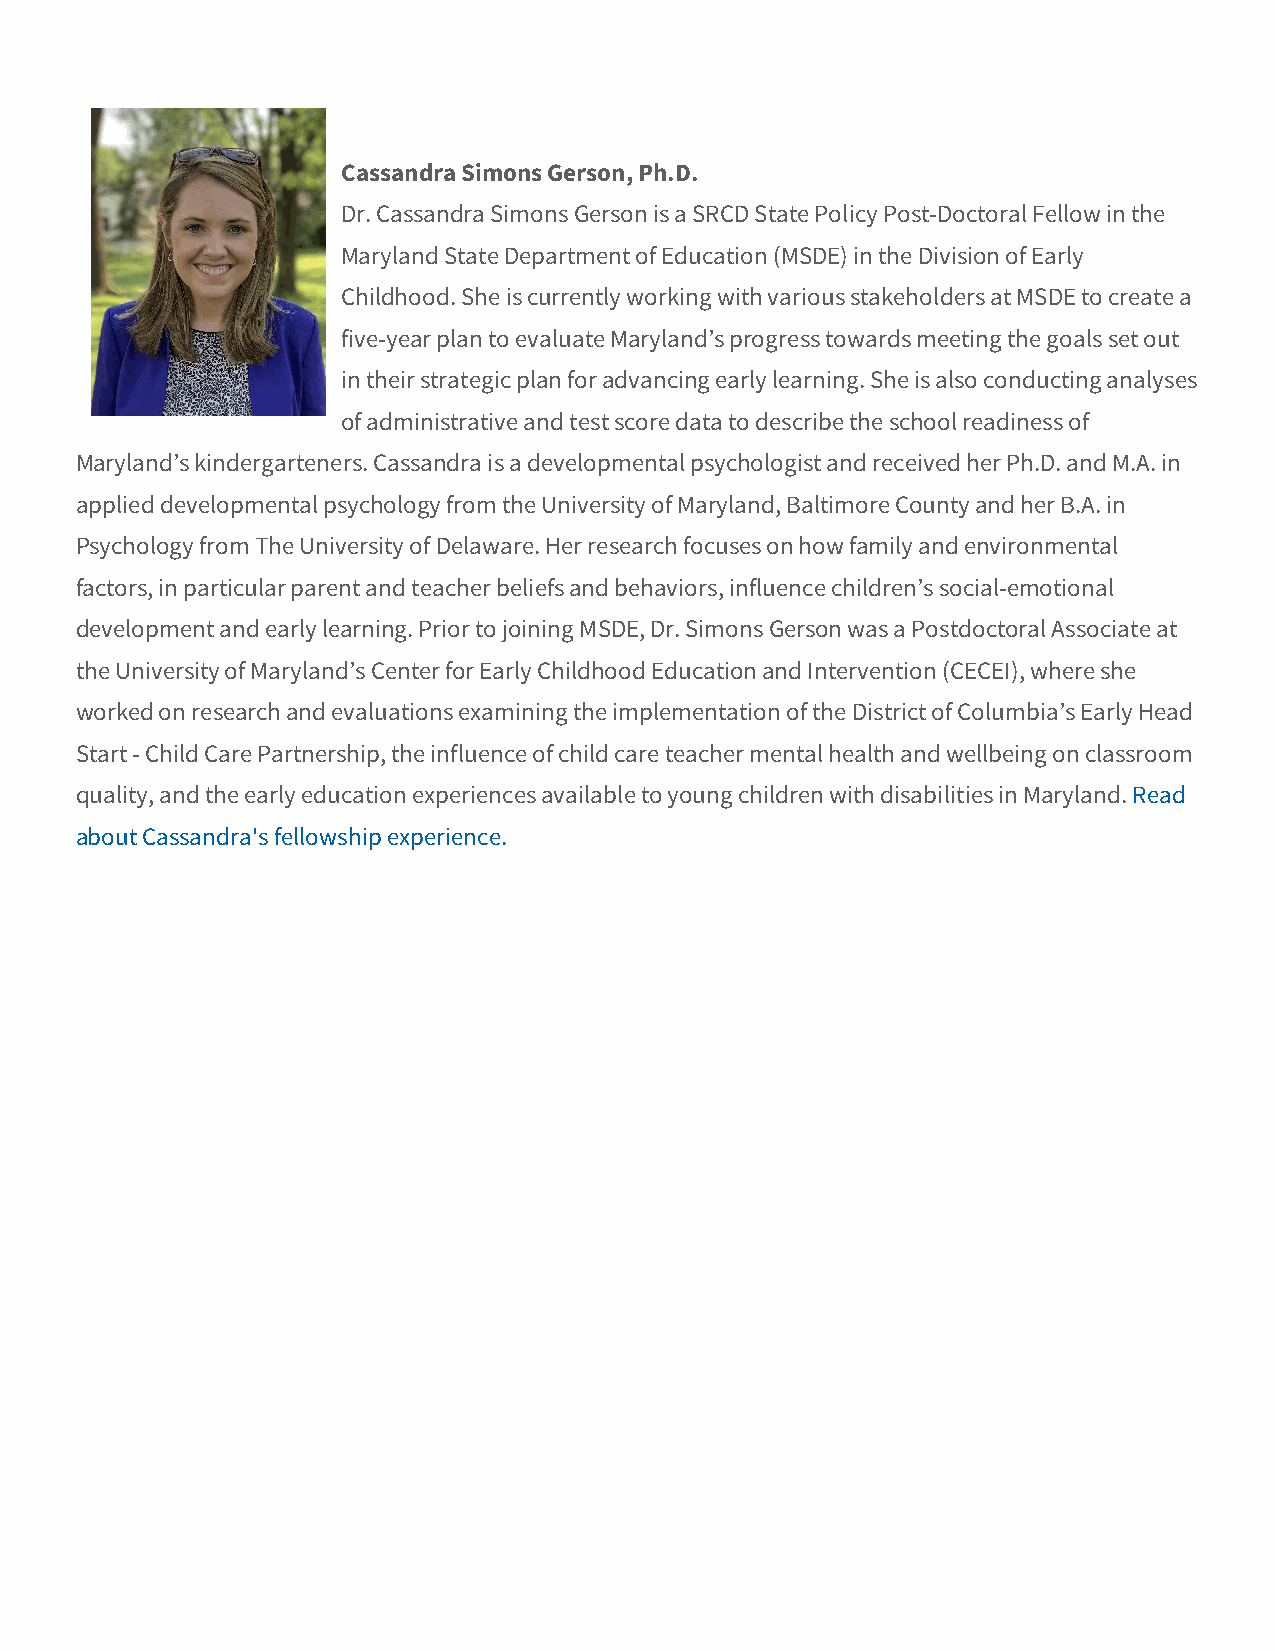
Cassandra Simons Gerson, Ph.D.
 Dr. Cassandra Simons Gerson is a SRCD State Policy Post-Doctoral Fellow in the
 Maryland State Department of Education (MSDE) in the Division of Early
 Childhood. She is currently working with various stakeholders at MSDE to create a
 five-year plan to evaluate Maryland’s progress towards meeting the goals set out
 in their strategic plan for advancing early learning. She is also conducting analyses
 of administrative and test score data to describe the school readiness of
 Maryland’s kindergarteners. Cassandra is a developmental psychologist and received her Ph.D. and M.A. in
 applied developmental psychology from the University of Maryland, Baltimore County and her B.A. in
 Psychology from The University of Delaware. Her research focuses on how family and environmental
 factors, in particular parent and teacher beliefs and behaviors, influence children’s social-emotional
 development and early learning. Prior to joining MSDE, Dr. Simons Gerson was a Postdoctoral Associate at
 the University of Maryland’s Center for Early Childhood Education and Intervention (CECEI), where she
 worked on research and evaluations examining the implementation of the District of Columbia’s Early Head
 Start - Child Care Partnership, the influence of child care teacher mental health and wellbeing on classroom
 quality, and the early education experiences available to young children with disabilities in Maryland. Read
 about Cassandra's fellowship experience.